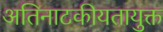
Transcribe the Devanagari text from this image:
अतिनाटकीयतायुक्त